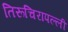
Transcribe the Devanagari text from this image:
तिरूचिरापल्‍ली